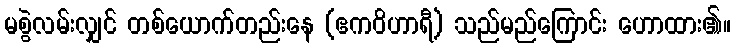
မစွဲလမ်းလျှင် တစ်ယောက်တည်းနေ (ဧကဝိဟာရီ) သည်မည်ကြောင်း ဟောထား၏။